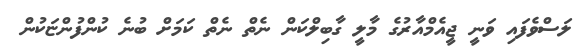
ލަސްވެފައި ވަނީ ޖީއެމްއާރުގެ މާލީ ގާބިލްކަން ނެތް ނެތް ކަމަށް ބުނެ ކުންފުންޏަކުން